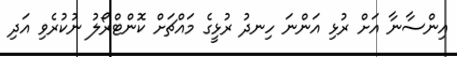
އިންސާނާ އަށް ރުޅި އަންނަ ހިނދު ރުޅީގެ މައްޗަށް ކޮންޓްރޯލު ނުކުރެވި އަދި